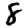
Digit: 8